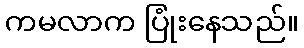
ကမလာက ပြုံးနေသည်။